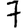
Digit: 7